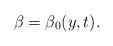
LaTeX: \begin{align*}\beta=\beta_{0}(y,t). \end{align*}